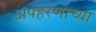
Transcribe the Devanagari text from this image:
अपहरणाच्या